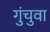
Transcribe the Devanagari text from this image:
गुंचुवा